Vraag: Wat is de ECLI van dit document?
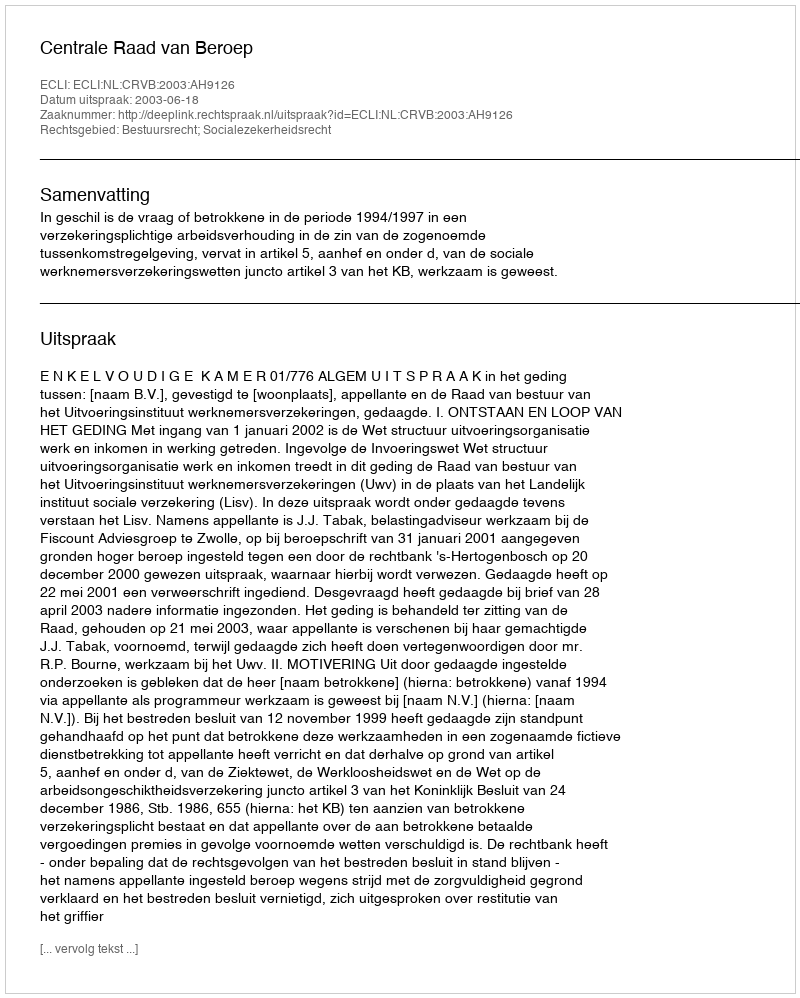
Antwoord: ECLI:NL:CRVB:2003:AH9126